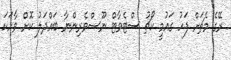
ރޭގެ މެޗަށް ފަހު ގައުމީ ކޯޗު ސްޓެވާޓް ނޫސްވެރިންނާ ބައްދަލު ކޮށް ވާހަކަ